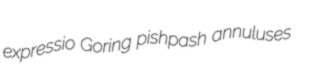
expressio Goring pishpash annuluses